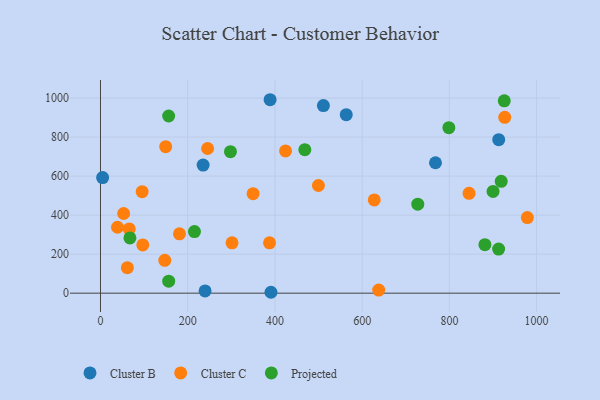
{"axis": {"x": "Investment", "y": "Rating"}, "legend": ["Cluster B", "Cluster C", "Projected"], "data": [{"x": "563.5", "y": 915.0, "type": "Cluster B"}, {"x": "768.1", "y": 668.4, "type": "Cluster B"}, {"x": "239.8", "y": 11.7, "type": "Cluster B"}, {"x": "913.1", "y": 786.7, "type": "Cluster B"}, {"x": "511.1", "y": 961.5, "type": "Cluster B"}, {"x": "4.9", "y": 592.4, "type": "Cluster B"}, {"x": "235.3", "y": 656.8, "type": "Cluster B"}, {"x": "388.9", "y": 991.5, "type": "Cluster B"}, {"x": "390.9", "y": 4.6, "type": "Cluster B"}, {"x": "627.7", "y": 478.1, "type": "Cluster C"}, {"x": "149.5", "y": 751.1, "type": "Cluster C"}, {"x": "39.0", "y": 337.8, "type": "Cluster C"}, {"x": "65.9", "y": 329.5, "type": "Cluster C"}, {"x": "499.7", "y": 551.8, "type": "Cluster C"}, {"x": "97.0", "y": 247.2, "type": "Cluster C"}, {"x": "845.1", "y": 511.8, "type": "Cluster C"}, {"x": "926.9", "y": 901.2, "type": "Cluster C"}, {"x": "637.9", "y": 16.0, "type": "Cluster C"}, {"x": "978.8", "y": 387.4, "type": "Cluster C"}, {"x": "387.6", "y": 258.0, "type": "Cluster C"}, {"x": "301.6", "y": 257.8, "type": "Cluster C"}, {"x": "349.9", "y": 510.2, "type": "Cluster C"}, {"x": "181.1", "y": 304.0, "type": "Cluster C"}, {"x": "245.6", "y": 741.6, "type": "Cluster C"}, {"x": "61.6", "y": 130.5, "type": "Cluster C"}, {"x": "147.4", "y": 168.2, "type": "Cluster C"}, {"x": "424.3", "y": 729.3, "type": "Cluster C"}, {"x": "95.5", "y": 520.3, "type": "Cluster C"}, {"x": "53.1", "y": 408.4, "type": "Cluster C"}, {"x": "912.9", "y": 226.0, "type": "Projected"}, {"x": "900.1", "y": 521.7, "type": "Projected"}, {"x": "918.8", "y": 573.5, "type": "Projected"}, {"x": "156.3", "y": 908.0, "type": "Projected"}, {"x": "798.8", "y": 848.2, "type": "Projected"}, {"x": "925.8", "y": 986.0, "type": "Projected"}, {"x": "727.5", "y": 456.1, "type": "Projected"}, {"x": "881.4", "y": 248.5, "type": "Projected"}, {"x": "298.0", "y": 725.2, "type": "Projected"}, {"x": "67.5", "y": 283.4, "type": "Projected"}, {"x": "215.5", "y": 315.6, "type": "Projected"}, {"x": "156.4", "y": 61.7, "type": "Projected"}, {"x": "468.5", "y": 735.3, "type": "Projected"}]}